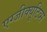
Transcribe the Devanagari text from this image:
एग्जीक्यूटिव्स